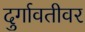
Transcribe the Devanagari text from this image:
दुर्गावतीवर